Civil Veterinary Department. United Provinces 1932-42 - 1932-1942
Year: 1932
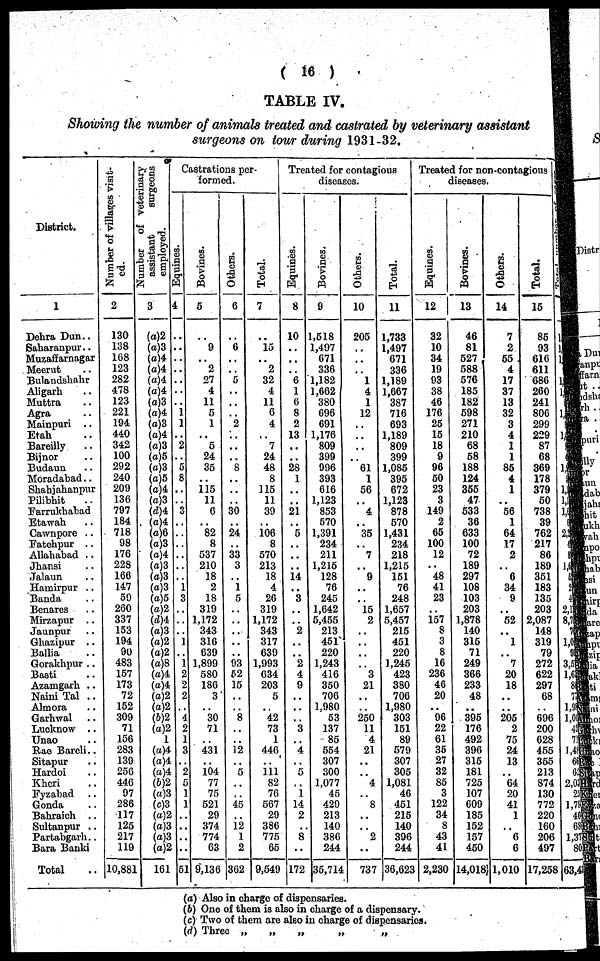
(16)
TABLE IV.
Showing the number of animals treated and castrated by veterinary assistant
surgeons on tour during 1931-32.
District.
1
Dehra Dun..
Saharanpur..
Muzaffarnagar
Mecrut ..
Bulandshahr
Aligarh ..
Muttra ..
Agra ..
Mainpuri ..
Etah ..
Bareilly ..
Bijnor ..
Budaun ..
Moradabad..
Shabjabanpur
Pilibhit ..
Farrukhabad
Etawah ..
Cawnpore ..
Fatehpur ..
Allababad ..
Jhansi ..
Jalaun ..
Hamirpur ..
Banda ..
Benares ..
Mirzapur ..
Jaunpur ..
Ghazipur ..
Ballia ..
Gorakhpur ..
Basti ..
Azamgarb ..
Naini Tal ..
Almora ..
Garhwal ..
Lucknow ..
Unao ..
Rao Bareli..
Sitapur ..
Hardoi ..
Kheri ..
Fyzabad ..
Gonda ..
Bahraich ..
Sultanpur ..
Partabgarh ..
Bara Banki
Total
Number of villages visit-
ed.
2
130
138
168
123
282
478
123
221
104
440
342
100
292
240
209
136
797
184
718
98
176
228
166
147
59
260
337
153
194
90
483
157
173
72
152
309
71
156
283
139
256
446
97
286
117
125
217
119
10,881
Number of veterinary
assistant
surgeons
employed.
3
(a)2
(a)3
(a)4
(a)4
(a)4
(a)4
(c)3
(a)4
(c)3
(a)4
(a)3
(a)5
(a)3
(c)5
(a)4
(c)3
(d)4
(a)4
(a)6
(a)3
(a)4
(a)3
(a)3
(a)3
(a)5
(a)2
(d)4
(a)3
(a)2
(a)2
(a)8
(a)4
(a)4
(a)2
(a)2
(b)2
(a)2
1
(a)4
(a)4
(a)4
(b)2
(a)3
(c)3
(a)2
(a)3
(a)3
(a)2
161
Castrations per-
formed.
Equines.
4
..
..
..
..
..
..
..
1 1
..
2
..
5
8
..
..
3
..
..
..
..
..
..
1
3
..
..
..
1
..
1
2
2
2
..
4
2
1
3
"2
5
1
1
..
..
..
..
51
Bovines.
5
..
9
.. 2
27
4
11
5
1
..
5
24
35
115
11
0
82
8
537
210
18
2
18
319
1,172
343
316
639
1,899
580
186
3
..
30
71
..
431
..
104
77
75
521
29
374
774
63
9,136
Others.
6
..
6
..
..
5
..
..
..
2
..
..
..
8
..
..
..
30
..
24
..
33
3
..
i
5
..
..
..
..
..
93
52
15
..
..
8
..
..
12
..
5
..
..
45
..
12
1
2
362
Total.
7
..
15
.. 2
32
4
11
6
4
..
7
24
48
8
115
11
39
106 8
570
213
18
4
26
319
1,172
343
317
639
1,993
634
203
5
..
42
73
1
446
..
111 82
76
567
29
386
775
65
9,549
Treated for contagious
diseases.
Equines.
8
10
..
..
6
1
6
8
2
13
..
..
28
1
..
..
21
..
5
..
..
..
14
..
3
..
..
2
..
..
2
4
9
..
..
..
3
3
4
..
5
1
14
2
8
..
172
Bovines.
9
1,518
1,497
671
336
1,182
1,662
380
696
691
1,176
809
399
996
393
616
1,123
853
570
1,391
234
211
1,215
128
76
245
1,642
5,455
213
451
220
1,243
416
350
706
1,980
53
137
85
554
307
300
1,077
45
429
213
140
386
244
35,714
Others.
10
205
..
..
..
1
4
1
12
..
..
..
..
61
1
56
..
4
..
35
"7
..
9
..
15 2
..
..
..
..
3
21
..
..
250
11
4
21
..
..
4
..
8
..
..
2
..
737
Total.
11
1,733
1,497
671
336
1,189
1,667
387
716
693
1,189
809
399
1,085
395
672
1,123
878
570
1,431
234
218
1,215
151
76
248
1,657
5,457
215
451
220
1,245
423
380
706
1,980
303
151
89
579
307
305
1,081
46
451
215
140
396
244
36,623
Treated for non-contagious
diseases.
Equines.
12
32
10
34
19
93
38
46
176
25
15
18
9
96
50
23
3
149
2
65
100
12
48
41
23
157
8
3
8
16
236
46
20
..
96
22
61
35
27
32
85
3
122
34
8
43
41
2,230
Bovines.
13
46
81
527
588
576
185
182
598
271
210
68
58
188
124
355
47
533
36
633
100
72
189
297
108
103
203
1,878
140
315
71
249
366
233
48
..
395
176
492
396
315
181
725
107
609
185
152
157
450
14,018
Others.
14
7
2
55
4
17
37
13
32
3
4
1
1
86
4
1
..
56
1
64
17
2
..
6
34
9
..
52
..
1
..
7
20
18
..
..
205
2
75
24
13
..
64
20
41
1
..
6
6
1,010
Total.
15
85
93
616
611
686
260
241
806
299
229
87
68
369
178
379
50
738
39
762
217
86
189
351
183
135
203
2,087
148
319
79
272
622
297
68
..
696
200
628
455
355
213
874
130
772
220
160
206
497
17,258
1
1
1
1
2
1
2
8
1
3,
1,
1,
1,
1
..
6
2,0
2
1,7
4
6
1,3
8
63
(a) Also in charge of dispensaries.
(b) One of them is also in charge of a dispensary.
(c) Two of them are also in charge of dispensaries.
(d) Three „
„
„
„
„